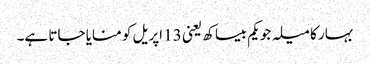
بہار کا میلہ جو یکم بیساکھ یعنی 13 اپریل کو منایا جاتا ہے۔